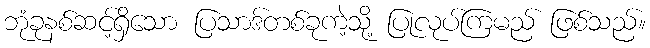
ဘုံခုနစ်ဆင့်ရှိသော ပြသာဒ်တစ်ခုကဲ့သို့ ပြုလုပ်ကြမည် ဖြစ်သည်။